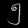
Digit: ၅